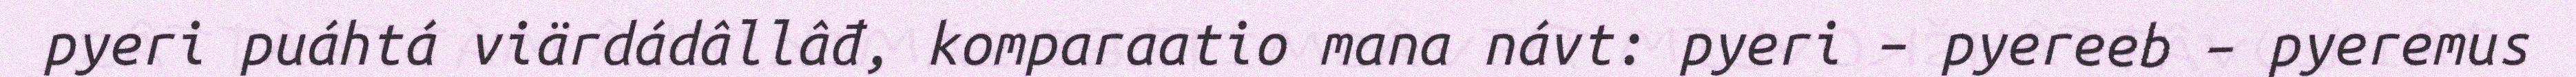
pyeri puáhtá viärdádâllâđ, komparaatio mana návt: pyeri – pyereeb – pyeremus